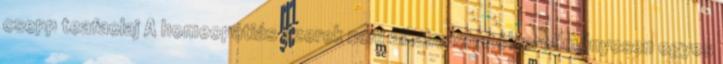
csepp teafaolaj A homeopátiás szerek nem alkalmazhatók eredményesen egyes